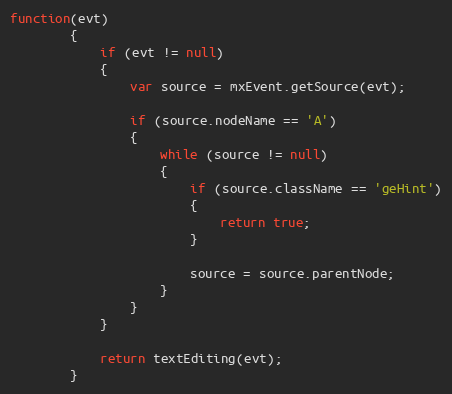
Language: JavaScript
function(evt)
		{
			if (evt != null)
			{
				var source = mxEvent.getSource(evt);

				if (source.nodeName == 'A')
				{
					while (source != null)
					{
						if (source.className == 'geHint')
						{
							return true;
						}

						source = source.parentNode;
					}
				}
			}

			return textEditing(evt);
		}